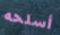
أسلحه